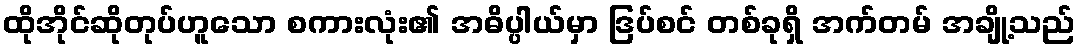
ထိုအိုင်ဆိုတုပ်ဟူသော စကားလုံး၏ အဓိပ္ပါယ်မှာ ဒြပ်စင် တစ်ခုရှိ အက်တမ် အချို့သည်